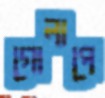
গোলাপে